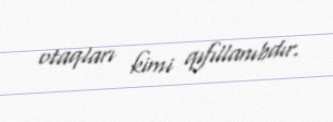
otaqları kimi qıfıllanıbdır.